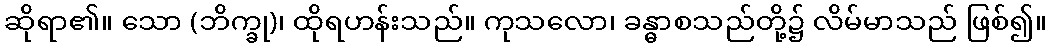
ဆိုရာ၏။ သော (ဘိက္ခု)၊ ထိုရဟန်းသည်။ ကုသလော၊ ခန္ဓာစသည်တို့၌ လိမ်မာသည် ဖြစ်၍။